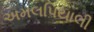
અમલપિયાલી